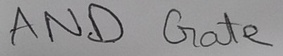
Text: AND Gate